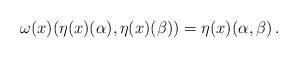
LaTeX: \begin{align*}\omega(x)(\eta(x)(\alpha),\eta(x)(\beta))=\eta(x)(\alpha,\beta)\,.\end{align*}